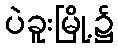
ပဲခူးမြို့၌